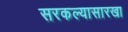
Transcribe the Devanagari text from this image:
सरकल्यासारखा